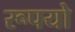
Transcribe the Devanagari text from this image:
रूपयो